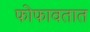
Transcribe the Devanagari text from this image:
फोफावतात